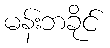
မန်းဘခိုင်